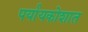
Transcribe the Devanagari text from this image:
पर्यायकोशात